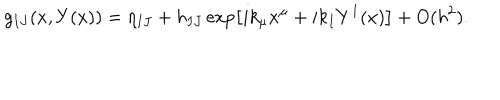
g _ { I J } ( x , Y ( x ) ) = \eta _ { I J } + h _ { I J } \exp \left[ i k _ { \mu } x ^ { \mu } + i k _ { I } Y ^ { I } ( x ) \right] + O ( h ^ { 2 } ) .